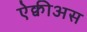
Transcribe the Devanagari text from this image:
ऐक्वीअस